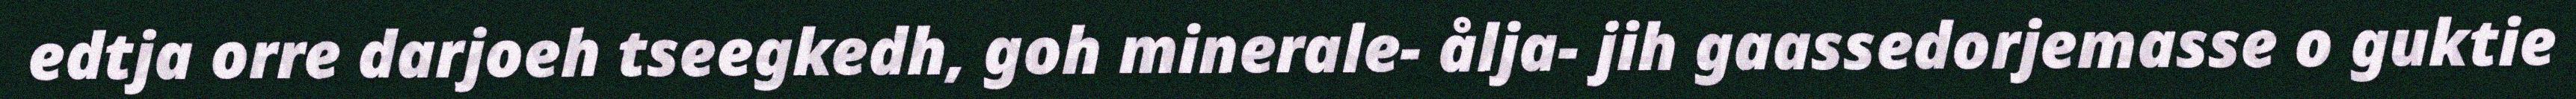
edtja orre darjoeh tseegkedh, goh minerale- ålja- jih gaassedorjemasse o guktie